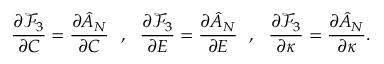
\frac { \partial \mathcal { F } _ { 3 } } { \partial C } = \frac { \partial \hat { A } _ { N } } { \partial C } ~ ~ , ~ ~ \frac { \partial \mathcal { F } _ { 3 } } { \partial E } = \frac { \partial \hat { A } _ { N } } { \partial E } ~ ~ , ~ ~ \frac { \partial \mathcal { F } _ { 3 } } { \partial \kappa } = \frac { \partial \hat { A } _ { N } } { \partial \kappa } .